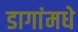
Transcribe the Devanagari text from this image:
डागांमधे